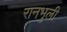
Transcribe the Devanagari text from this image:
रानभुली